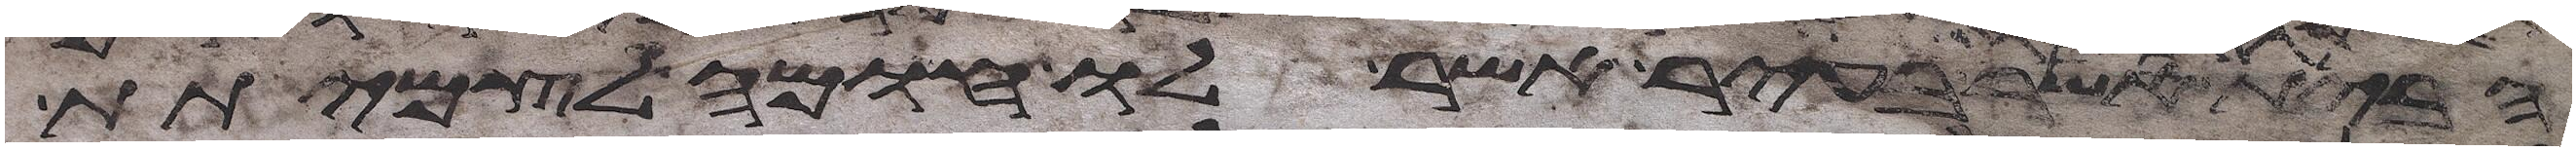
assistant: הבית אשר בעיר אשר לו חומה לצמיתת